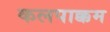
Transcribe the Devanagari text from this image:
कलपाक्कम